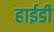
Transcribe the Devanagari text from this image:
हाईडी